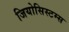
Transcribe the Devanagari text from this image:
जियोसिस्टम्स